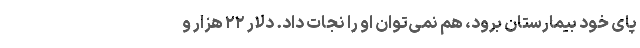
پای خود بیمارستان برود، هم نمی‌توان او را نجات داد. دلار ۲۲ هزار و